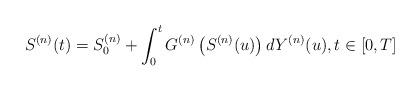
LaTeX: \begin{align*} S^{(n)}(t) = S^{(n)}_0 +\int_0^tG^{(n)}\left({S}^{(n)}(u)\right)dY^{(n)}(u),t\in[0,T]\end{align*}